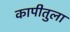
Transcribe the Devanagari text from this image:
कापीतुला